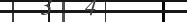
١١